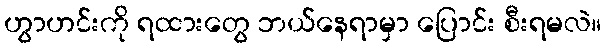
ဟွာဟင်းကို ရထားတွေ ဘယ်နေရာမှာ ပြောင်း စီးရမလဲ။